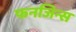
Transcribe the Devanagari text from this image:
फनजिन्स